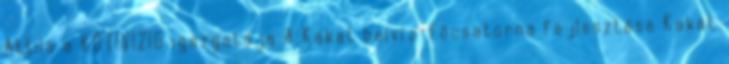
Attila a KÖTIVIZIG igazgatója A Kakat belvíz-fõcsatorna fejlesztése Kakat